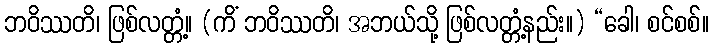
ဘဝိဿတိ၊ ဖြစ်လတ္တံ့။ (ကိံ ဘဝိဿတိ၊ အဘယ်သို့ ဖြစ်လတ္တံ့နည်း။) “ခေါ၊ စင်စစ်။